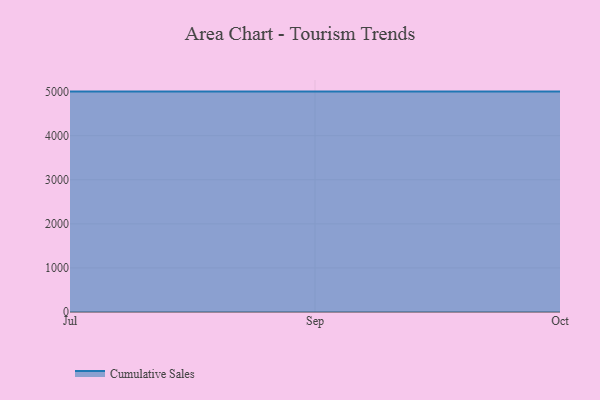
{"axis": {"x": "Month", "y": "Temperature (°C)"}, "legend": ["Cumulative Sales"], "data": [{"x": "Jul", "y": 5000, "type": "Cumulative Sales"}, {"x": "Sep", "y": 5000, "type": "Cumulative Sales"}, {"x": "Oct", "y": 5000, "type": "Cumulative Sales"}]}